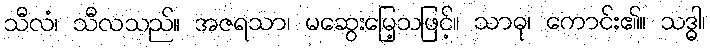
သီလံ၊ သီလသည်။ အဇရသာ၊ မဆွေးမြေ့သဖြင့်။ သာဓု၊ ကောင်း၏။ သဒ္ဓါ၊